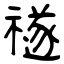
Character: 禭